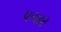
પચાર